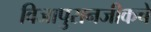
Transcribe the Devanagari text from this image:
विजापुरानजीकचे